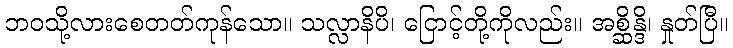
ဘဝသို့လားစေတတ်ကုန်သော။ သလ္လာနိပိ၊ ငြောင့်တို့ကိုလည်း။ အစ္ဆိန္ဒိ၊ နှုတ်ပြီ။